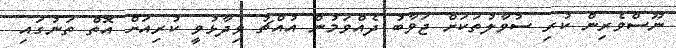
ނޫސްވެރިން ކުރި ސުވާލުތަކަށް ޖަވާބު ދެއްވަމުން އުއްޗު ވިދާޅުވީ ކުރިއަށް އޮތް ތަނުގައި